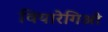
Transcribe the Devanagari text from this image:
वियारेगिओ